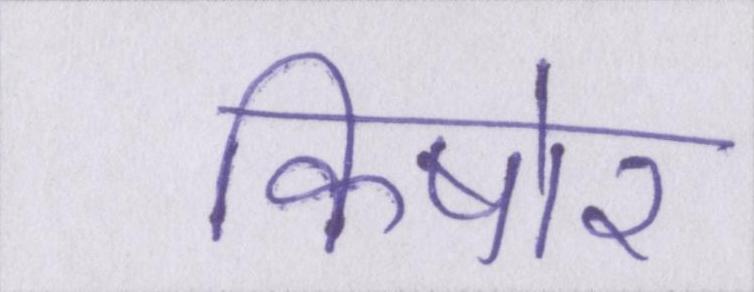
किषोर